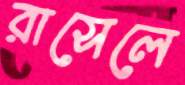
রাসেলে